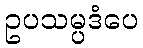
ဥပသမ္ပဒံပေ